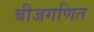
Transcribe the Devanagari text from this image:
बीजगणित